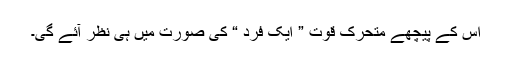
اس کے پیچھے متحرک قوت ” ایک فرد “ کی صورت میں ہی نظر آئے گی۔